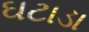
ઘટાડા